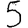
Digit: 5